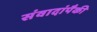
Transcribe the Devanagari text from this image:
संवादांपैकी